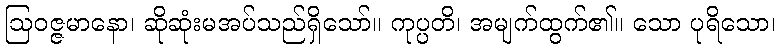
ဩဝဇ္ဇမာနော၊ ဆိုဆုံးမအပ်သည်ရှိသော်။ ကုပ္ပတိ၊ အမျက်ထွက်၏။ သော ပုရိသော၊